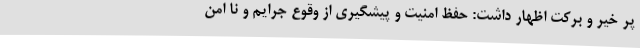
پر خیر و برکت اظهار داشت: حفظ امنیت و پیشگیری از وقوع جرایم و نا امن